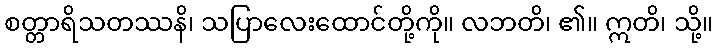
စတ္တာရိသတဿနိ၊ သပြာလေးထောင်တို့ကို။ လဘတိ၊ ၏။ ဣတိ၊ သို့။